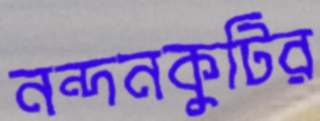
নন্দনকুটির